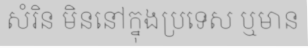
សំរិន មិននៅក្នុងប្រទេស ឬមាន